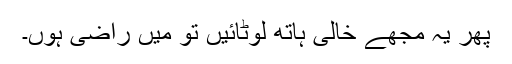
پھر یہ مجھے خالی ہاتھ لوٹائیں تو میں راضی ہوں۔